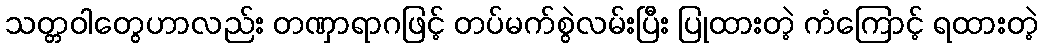
သတ္တဝါတွေဟာလည်း တဏှာရာဂဖြင့် တပ်မက်စွဲလမ်းပြီး ပြုထားတဲ့ ကံကြောင့် ရထားတဲ့